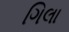
ગિલા